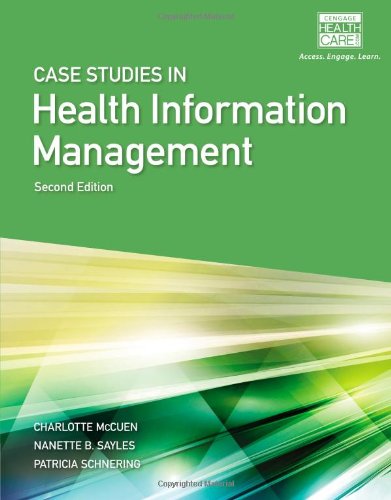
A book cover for Case Studies for Health Information Management; Patricia Schnering; Medical Books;